Report of the Indian Hemp Drugs Commission, 1894-1895 - Volume VIII
Year: 1894
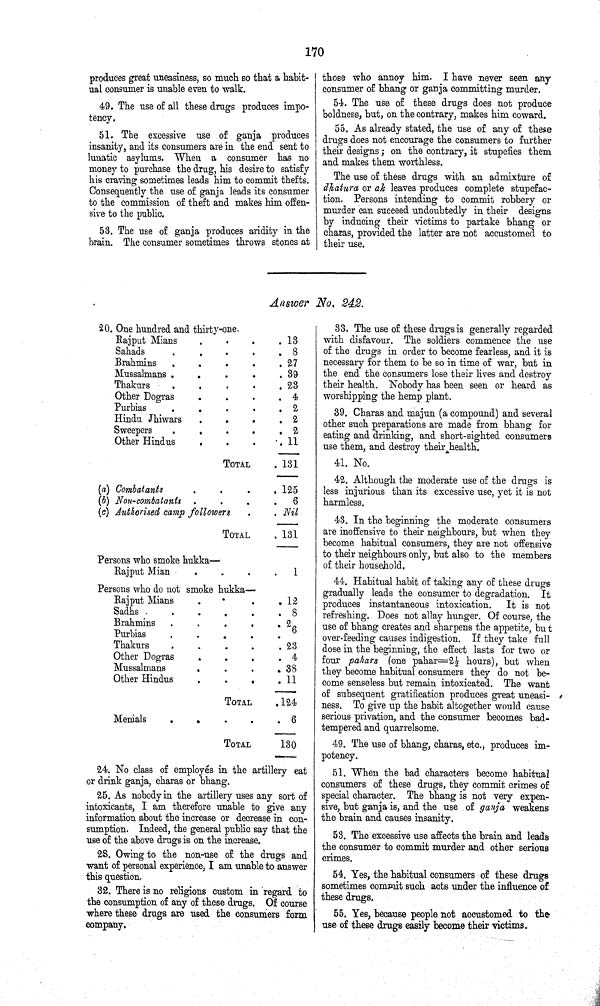
170
produces great uneasiness, so much so that a habit¬
ual consumer is unable even to walk.
49. The use of all these drags produces impo-
teucy.
51. The excessive use of ganja produces
insanity, and its consumers are in the end sent to
lunatic asylums. When a consumer has no
money to purchase the drug, his desire to satisfy
his craving sometimes leads him to commit thefts.
Consequently the use of ganja leads its consumer
to the commission of theft and makes him offen¬
sive to the public.
53. The use of ganja produces avidity in the
brain. The consumer sometimes throws stones at
those who annoy him. I have never seen any
consumer of bhang or ganja committing murder.
54. The use of these drugs does not produce
boldness, but, on the contrary, makes him coward.
55. As already stated, the use of any of these
drugs does not encourage the consumers to further
their designs; on the contrary, it stupefies them
and makes them worthless.
The use of these drugs with an admixture of
dhatura or ak leaves produces complete stupefac¬
tion. Persons intending to commit robbery or
murder can succeed undoubtedly in their designs
by inducing their victims to partake bhang or
charas, provided the latter are not accustomed to
their use.
Answer No. 242.
20. One hundred and thirty-one.
Rajput Mians
13
Sahads
8
Brahmins
27
Mussalmans
39
Thakurs
23
Other Dogras
4
Purbias
2
Hindu Jhiwars
2
Sweepers
2
Other Hindus
11
TOTAL
131
(a) Combatants
125
(b) Non-combatants
6
(c) Authorised camp followers
Nil
TOTAL
131
Persons who smoke hukka —
Rajput Mian
1
Persons who do not smoke hukka —
Rajput Mians
12
Sadhs
8
Brahmins
2
Purbias
6
Thakurs
23
Other Dogras
4
Mussalmans
38
Other Hindus
11
TOTAL
124
Menials
6
TOTAL
130
24. No class of employés in the artillery eat
or drink ganja, charas or bhang.
25. As nobody in the artillery uses any sort of
intoxicants, I am therefore unable to give any
information about the increase or decrease in con¬
sumption. Indeed, the general public say that the
use of the above drugs is on the increase.
28. Owing to the non-use of the drugs and
want of personal experience, I am unable to answer
this question.
32. There is no religions custom in regard to
the consumption of any of these drugs. Of course
where these drugs are used the consumers form
company.
33. The use of these drugs is generally regarded
with disfavour. The soldiers commence the use
of the drugs in order to become fearless, and it is
necessary for them to be so in time of war, but in
the end the consumers lose their lives and destroy
their health. Nobody has been seen or heard as
worshipping the hemp plant.
39. Charas and majun (a compound) and several
other such preparations are made from bhang for
eating and drinking, and short-sighted consumers
use them, and destroy their health.
41. No.
42. Although the moderate use of the drugs is
less injurious than its excessive use, yet it is not
harmless.
43. In the beginning the moderate consumers
are inoffensive to their neighbours, but when they
become habitual consumers, they are not offensive
to their neighbours only, but also to the members
of their household.
44. Habitual habit of taking any of these drugs
gradually leads the consumer to degradation. It
produces instantaneous intoxication. It is not
refreshing. Does not allay hunger. Of course, the
use of bhang creates and sharpens the appetite, but
over-feeding causes indigestion. If they take full
dose in the beginning, the effect lasts for two or
four pahars (one pahar=21/2 hours), but when
they become habitual consumers they do not be¬
come senseless but remain intoxicated. The want
of subsequent gratification produces great uneasi¬
ness. To give up the habit altogether would cause
serious privation, and the consumer becomes bad-
tempered and quarrelsome.
49. The use of bhang, charas, etc., produces im-
potency.
51. When the bad characters become habitual
consumers of these drugs, they commit crimes of
special character. The bhang is not very expen¬
sive, but ganja is, and the use of ganja weakens
the brain and causes insanity.
53. The excessive use affects the brain and leads
the consumer to commit murder and other serious
crimes.
54. Yes, the habitual consumers of these drugs
sometimes commit such acts under the influence of
these drugs.
55. Yes, because people not accustomed to the
use of these drugs easily become their victims.